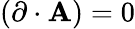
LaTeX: (\mathbf{\partial}\cdot\mathbf{A})=0